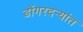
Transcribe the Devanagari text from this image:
डोंगरदर्‍यांत